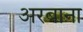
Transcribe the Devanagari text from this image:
अरबाना